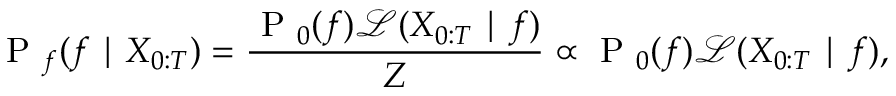
\mathrm { ~ P ~ } _ { f } ( f \mid X _ { 0 : T } ) = \frac { \mathrm { ~ P ~ } _ { 0 } ( f ) \mathcal { L } ( X _ { 0 : T } \mid f ) } { Z } \propto \mathrm { ~ P ~ } _ { 0 } ( f ) \mathcal { L } ( X _ { 0 : T } \mid f ) ,